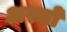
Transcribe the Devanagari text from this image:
अरनो